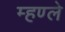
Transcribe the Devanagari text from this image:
म्हण्ले